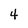
Character: 4